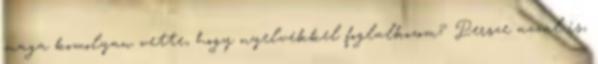
maga komolyan vette, hogy nyelvekkel foglalkozom? Persze azzal is,